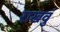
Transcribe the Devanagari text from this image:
राखवुं